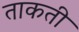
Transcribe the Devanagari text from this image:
ताकती